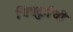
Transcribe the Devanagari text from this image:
चित्रदुर्गची